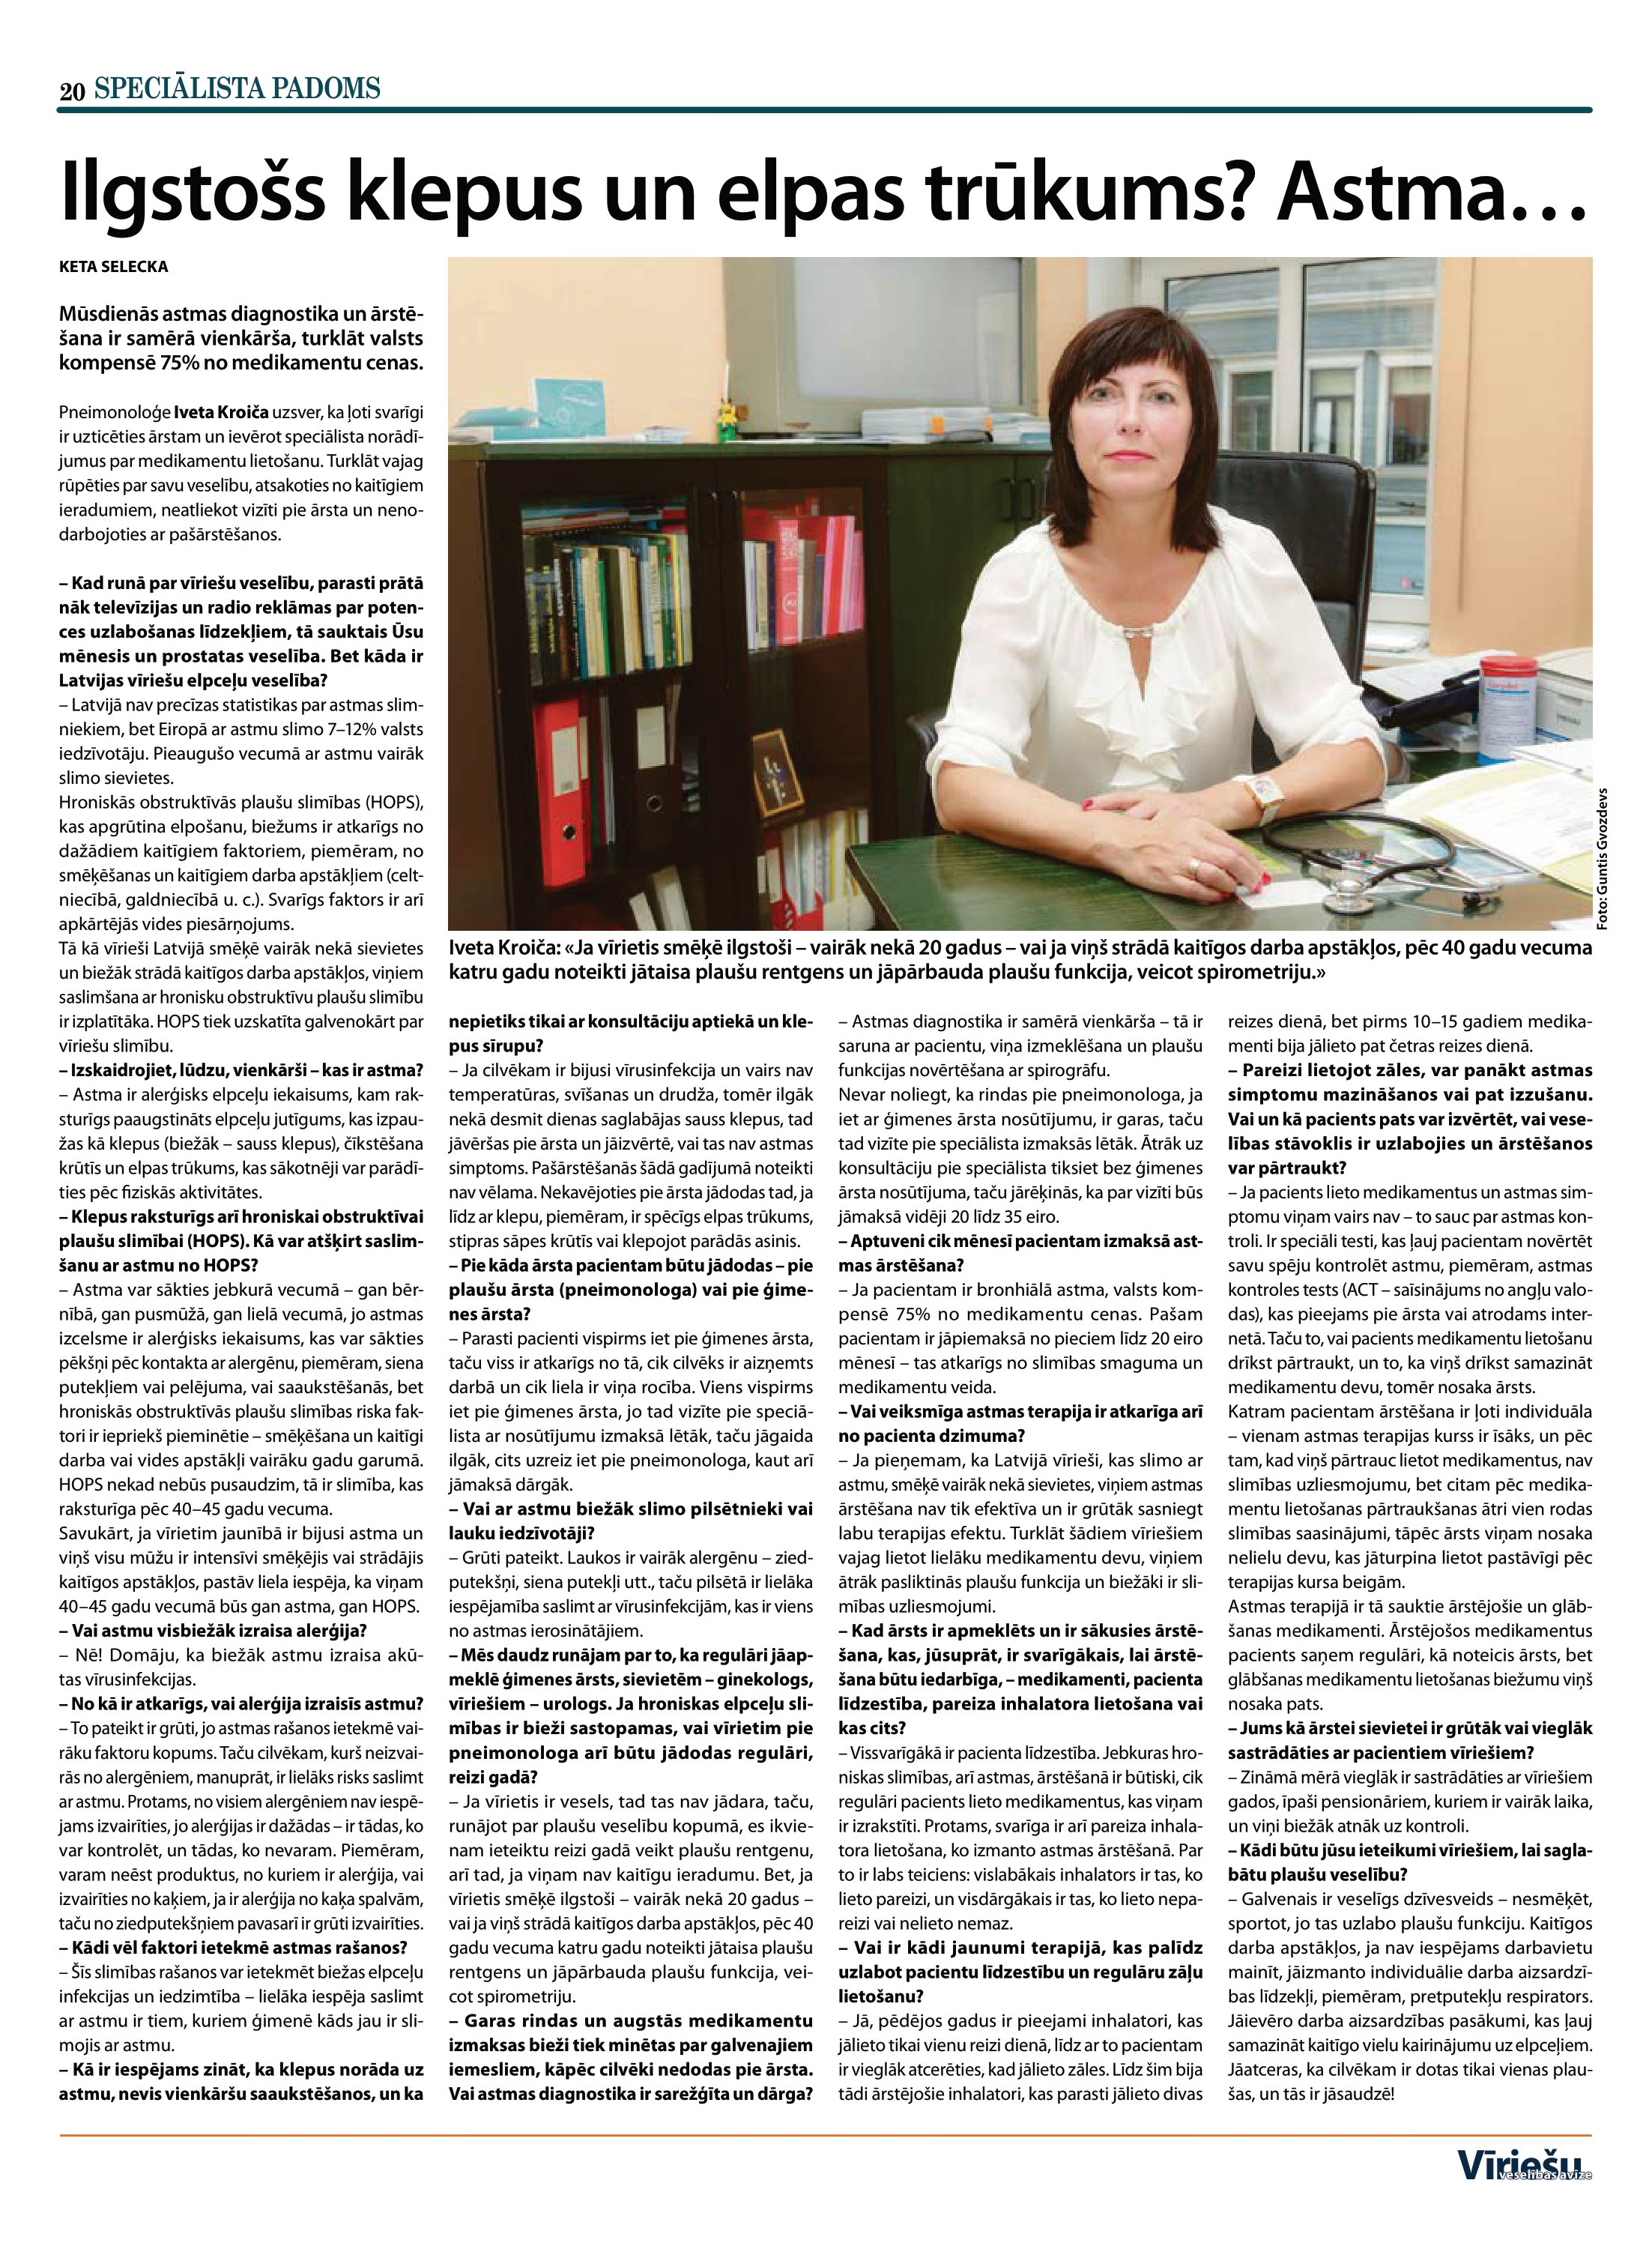
Language: lv